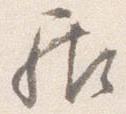
居